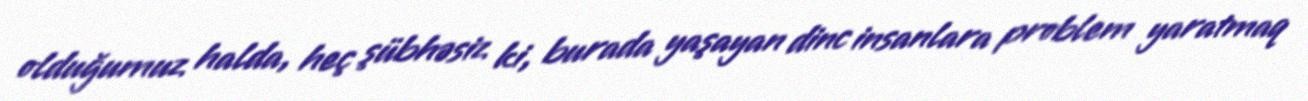
olduğumuz halda, heç şübhəsiz ki, burada yaşayan dinc insanlara problem yaratmaq